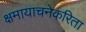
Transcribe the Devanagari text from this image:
क्षमायाचनेकरिता